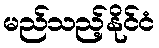
မည်သည့်နိုင်ငံ